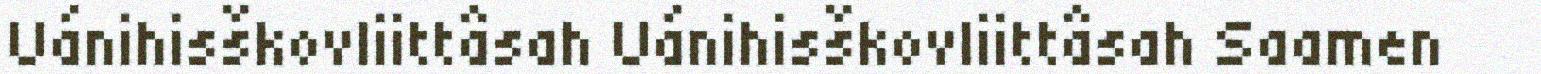
Uánihisškovliittâsah Uánihisškovliittâsah Saamen